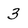
Character: 3